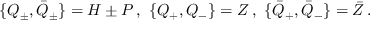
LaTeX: \{ Q _ { \pm } , \bar { Q } _ { \pm } \} = H \pm P \, , \, \, \{ Q _ { + } , Q _ { - } \} = Z \, , \, \, \{ \bar { Q } _ { + } , \bar { Q } _ { - } \} = \bar { Z } \, .